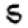
Digit: 5